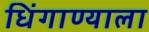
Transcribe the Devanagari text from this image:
धिंगाण्याला